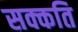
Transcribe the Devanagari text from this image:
सक्कति